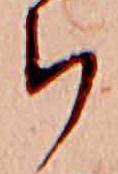
ち